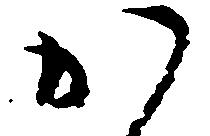
か